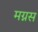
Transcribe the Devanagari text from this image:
मग्नस